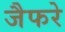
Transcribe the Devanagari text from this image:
जैफरे